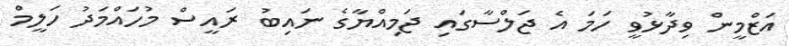
އަޒްމީން ވިދާޅުވީ ހަމަ އެ ޖަލްސާގައި ޖަމިއްޔާގެ ނައިބު ރައީސް މުހައްމަދު ހަލީމް